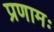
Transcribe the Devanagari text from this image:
प्रणामः